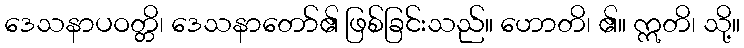
ဒေသနာပဝတ္တိ၊ ဒေသနာတော်၏ ဖြစ်ခြင်းသည်။ ဟောတိ၊ ၏။ ဣတိ၊ သို့။